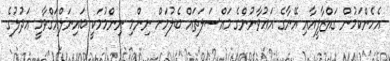
އެހެންކަމުން ގައްޒާފީއާއި އޭނާގެ އަޢުވާނުންގެ މައްސަލަތައް ބެލުމަަށް ނިންމި ނިންމުމަކީ ބައިނަލްއަޤްވާމީ ޢަދުލުގެ